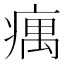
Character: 𤸒